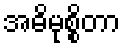
အဓိမုစ္စိတာ